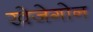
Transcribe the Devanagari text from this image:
खेजेगोन